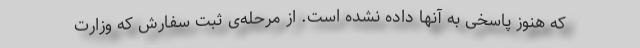
که هنوز پاسخی به آنها داده نشده است. از مرحله‌ی ثبت سفارش که وزارت